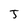
Character: J